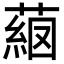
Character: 𦸖